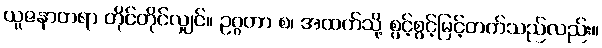
ယူဇနာတရာ တိုင်တိုင်လျှင်။ ဥဂ္ဂတာ စ၊ အထက်သို့ စွင့်စွင့်မြင့်တက်သည်လည်း။